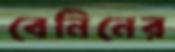
বেনিনের